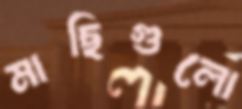
মাছিগুলো